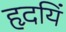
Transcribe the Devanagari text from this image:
हृदयिं